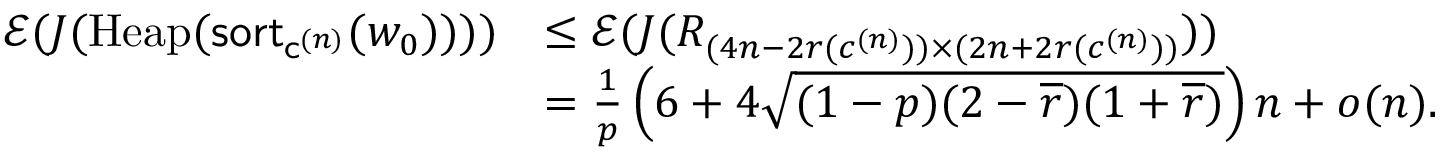
\begin{array} { r l } { \mathcal E ( J ( \mathrm { H e a p } ( \mathsf { s o r t } _ { \mathsf { c } ^ { ( n ) } } ( w _ { 0 } ) ) ) ) } & { \leq \mathcal E ( J ( R _ { ( 4 n - 2 r ( c ^ { ( n ) } ) ) \times ( 2 n + 2 r ( c ^ { ( n ) } ) ) } ) ) } \\ & { = \frac { 1 } { p } \left( 6 + 4 \sqrt { ( 1 - p ) ( 2 - \overline { r } ) ( 1 + \overline { { r } } ) } \right) n + o ( n ) . } \end{array}